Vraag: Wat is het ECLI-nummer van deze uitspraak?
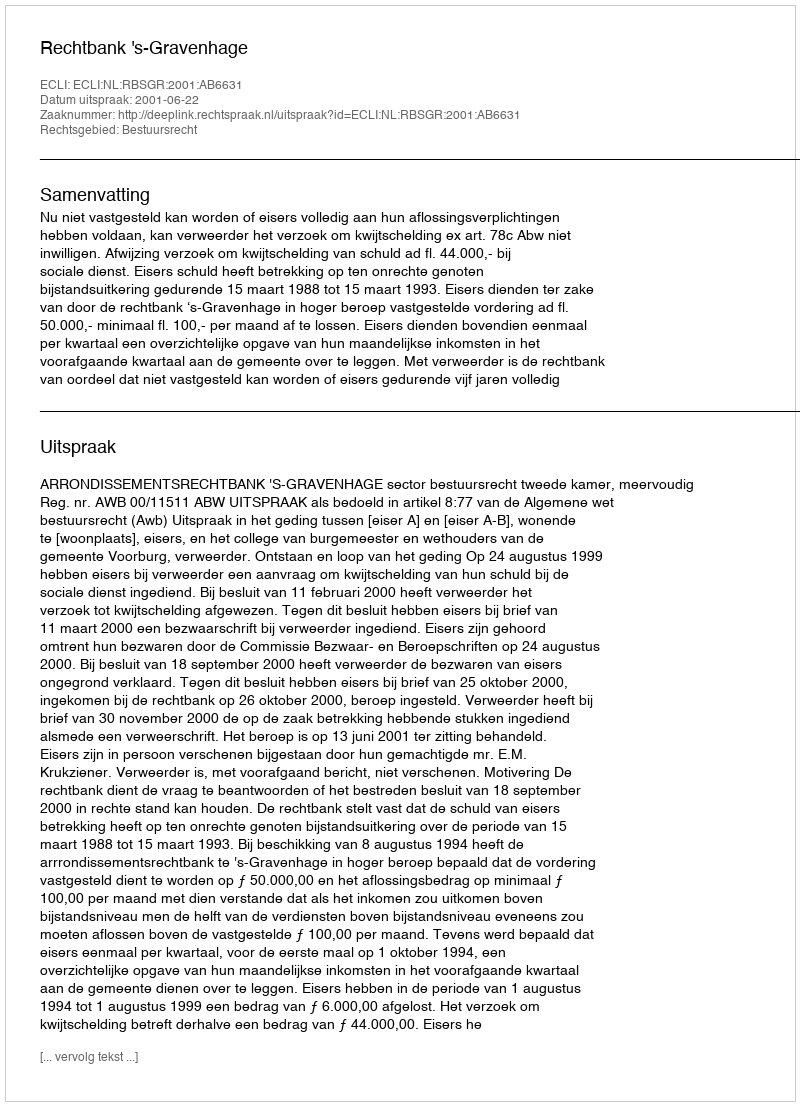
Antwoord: ECLI:NL:RBSGR:2001:AB6631